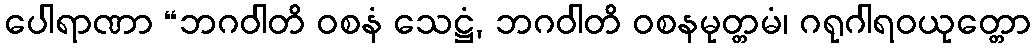
ပေါရာဏာ “ဘဂဝါတိ ဝစနံ သေဋ္ဌံ, ဘဂဝါတိ ဝစနမုတ္တမံ၊ ဂရုဂါရဝယုတ္တော